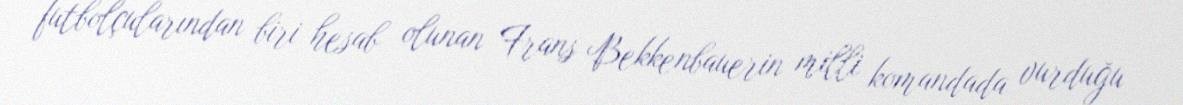
futbolçularından biri hesab olunan Frans Bekkenbauerin milli komandada vurduğu